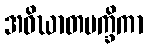
အဝိဃာတပက္ခိကာ